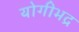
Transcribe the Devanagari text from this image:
योगीभद्र